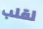
لقلب